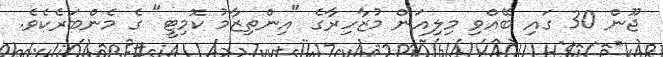
ޖޫން 30 ގައި ބޭއްވި މިލިއަން މުޒާހިރާގެ "އިންތިޒާމު ކޮމިޓީ" ގެ މެންބަރެކެވެ.